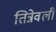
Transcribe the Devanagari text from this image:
तिन्नेवली